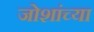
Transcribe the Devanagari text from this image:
जोशांच्या